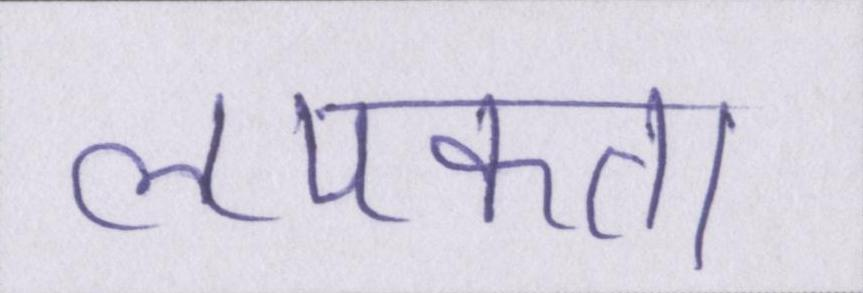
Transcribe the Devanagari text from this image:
लपकता